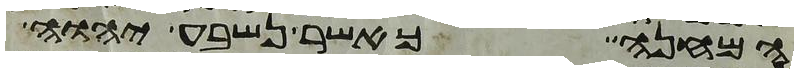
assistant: המחנה כאשר נשבע יהוה